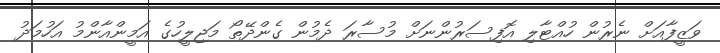
ވަޒީފާއަށް ނެރުން ހުއްޓާލި އޮފިސަރުންނަށް މުސާރަ ދެމުން ގެންދޭތޯ މަޖިލީހުގެ އަމީންއާންމު އަހުމަދު